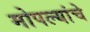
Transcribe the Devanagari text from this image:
मोपल्यांचे